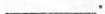
___.